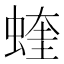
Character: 蝰